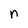
Character: n